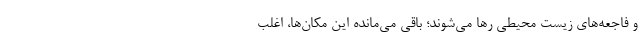
و فاجعه‌های زیست محیطی رها می‌شوند؛ باقی می‌مانده این مکان‌ها، اغلب